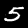
Digit: 5